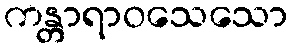
ကန္တာရာဝသေသော